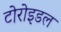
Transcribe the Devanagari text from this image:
टोरोइडल